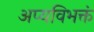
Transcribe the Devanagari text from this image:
अप्यविभक्तं